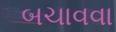
બચાવવા